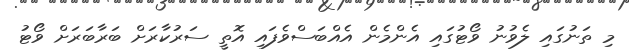
މި ތަނުގައި ލެވުނު ވޯޓުގައި އެންމެން އެއްބަސްވެފައި އޮތީ ސަރުކާރަށް ބަރާބަރަށް ވޯޓު